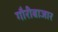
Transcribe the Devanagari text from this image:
गौरीबाजार